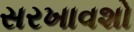
સરખાવશો